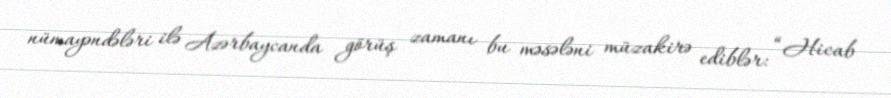
nümayəndələri ilə Azərbaycanda görüş zamanı bu məsələni müzakirə ediblər: “Hicab